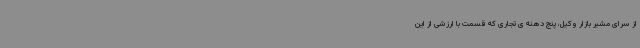
از سرای مشیر بازار وکیل، پنج دهنه ی تجاری که قسمت با ارزشی از این